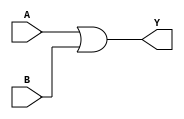
module OR_gate (
    input wire A,
    input wire B,
    output wire Y
);

assign Y = A | B;

endmodule